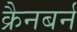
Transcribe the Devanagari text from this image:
क्रैनबर्न